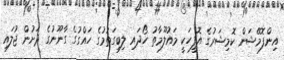
އިންފޮމޭޝަން ކޮމިޝަރުގެ އޮފީހަކީ މައުލޫމާތު ހޯދައި ލިބިގަތުމުގެ ހައްގުގެ ގާނޫނުގެ ދަށުން ޖުލައި